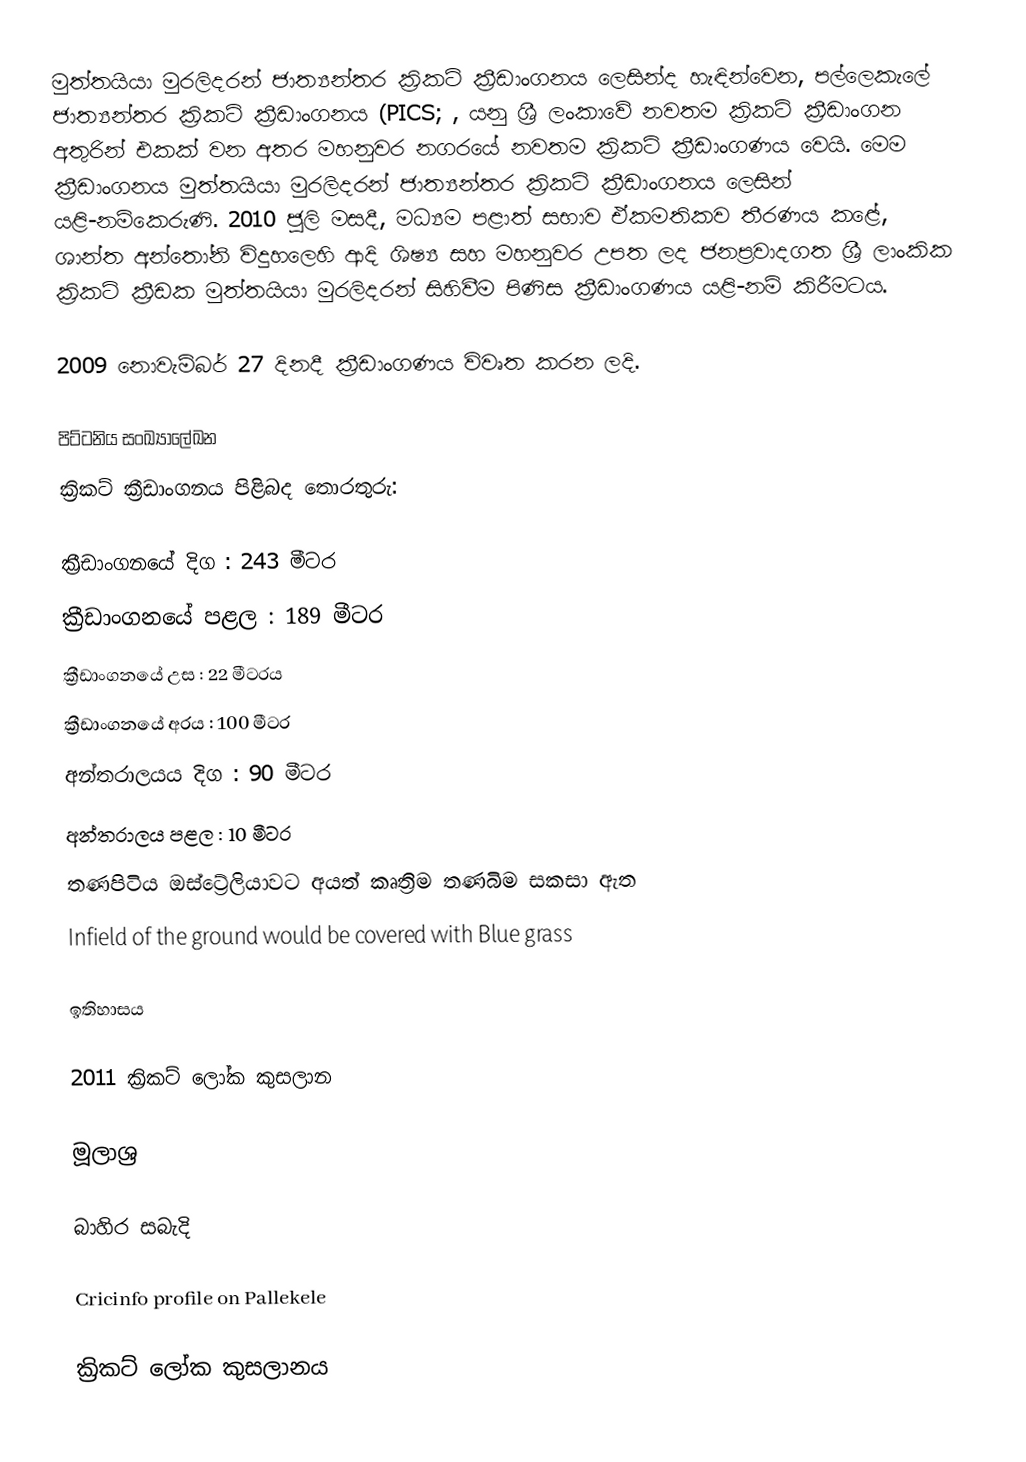
මුත්තයියා මුරලිදරන් ජාත්‍යන්තර ක්‍රිකට් ක්‍රීඩාංගනය ලෙසින්ද හැඳින්වෙන, පල්ලෙකැලේ ජාත්‍යන්තර ක්‍රිකට් ක්‍රීඩාංගනය (PICS; , යනු  ශ්‍රී ලංකාවේ නවතම ක්‍රිකට් ක්‍රීඩාංගන අතුරින් එකක් වන අතර මහනුවර නගරයේ නවතම ක්‍රිකට් ක්‍රීඩාංගණය වෙයි. මෙම ක්‍රීඩාංගනය  මුත්තයියා මුරලිදරන් ජාත්‍යන්තර ක්‍රිකට් ක්‍රීඩාංගනය ලෙසින් යළි-නම්කෙරුණි. 2010 ජූලි මසදී, මධ්‍යම පළාත් සභාව ඒකමතිකව තීරණය කළේ, ශාන්ත අන්තෝනි විදුහලෙහි ආදි ශිෂ්‍ය සහ මහනුවර උපත ලද ජනප්‍රවාදගත ශ්‍රී ලාංකික ක්‍රිකට් ක්‍රීඩක  මුත්තයියා මුරලිදරන් සිහිවීම පිණිස ක්‍රීඩාංගණය යළි-නම් කිරීමටය.

2009 නොවැම්බර් 27 දිනදී ක්‍රීඩාංගණය විවෘත කරන ලදි.

පිට්ටනිය සංඛ්‍යාලේඛන
ක්‍රිකට් ක්‍රීඩාංගනය පිළිබද තොරතුරු:

 ක්‍රීඩාංගනයේ දිග  : 243 මීටර
  ක්‍රීඩාංගනයේ පළල : 189 මීටර
  ක්‍රීඩාංගනයේ උස : 22 මීටරය
  ක්‍රීඩාංගනයේ අරය : 100 මීටර
 අන්තරාලයය දිග : 90 මීටර
 අන්තරාලය පළල  : 10 මීටර
 තණපිටිය  ඔස්ට්‍රේලියාවට අයත් කෘත්‍රිම තණබිම සකසා ඇත
 Infield of the ground would be covered with Blue grass

ඉතිහාසය

2011 ක්‍රිකට් ලෝක කුසලාන

මූලාශ්‍ර

බාහිර සබැදි

 Cricinfo profile on Pallekele

ක්‍රිකට් ලෝක කුසලානය